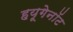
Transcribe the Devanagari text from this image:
हयूगेनॉट